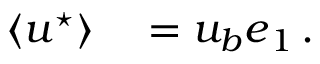
\begin{array} { r l } { \langle \boldsymbol { u } ^ { \star } \rangle } & { { } = u _ { b } \boldsymbol { e } _ { 1 } \, . } \end{array}